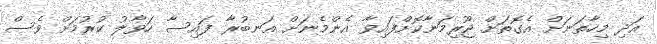
އަދި މިހާތަނަށް އެގޮތަށް ޖޫރިމަނާކޮށްފައިވާ އެންމެނަށް އަނބުރާ ފައިސާ ހަވާލު ކުރުމަށް ވެސް